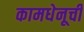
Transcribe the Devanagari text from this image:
कामधेनूची